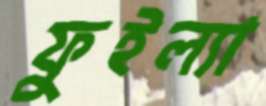
ফুইল্যা